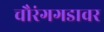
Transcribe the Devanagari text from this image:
चौरंगगडावर